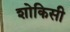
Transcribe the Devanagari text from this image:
शोकिसी